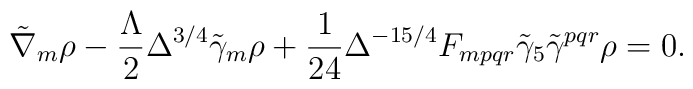
\tilde{\nabla}_m \rho - \frac {\Lambda}{2}\Delta^{3/4} \tilde{\gamma}_m \rho + \frac {1}{24} \Delta^{-15/4} F_{mpqr} \tilde{\gamma}_5 \tilde{\gamma}^{pqr} \rho =0.